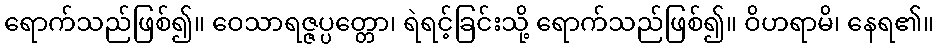
ရောက်သည်ဖြစ်၍။ ဝေသာရဇ္ဇပ္ပတ္တော၊ ရဲရင့်ခြင်းသို့ ရောက်သည်ဖြစ်၍။ ဝိဟရာမိ၊ နေရ၏။